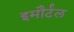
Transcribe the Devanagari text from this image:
इमौर्टल